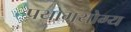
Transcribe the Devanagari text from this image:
प्रयोगयोग्य